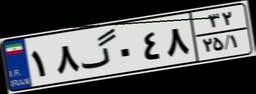
۶۸گ۷۴۹۰۸